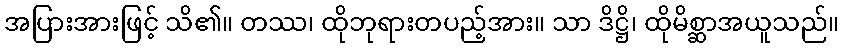
အပြားအားဖြင့် သိ၏။ တဿ၊ ထိုဘုရားတပည့်အား။ သာ ဒိဋ္ဌိ၊ ထိုမိစ္ဆာအယူသည်။